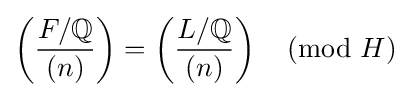
\left({\frac {F/\mathbb {Q} }{(n)}}\right)=\left({\frac {L/\mathbb {Q} }{(n)}}\right){\pmod {H}}